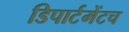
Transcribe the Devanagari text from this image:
डिपार्टमेंटच